Rangoon Lunatic Asylum 1893-1897 - 1893-1897
Year: 1893
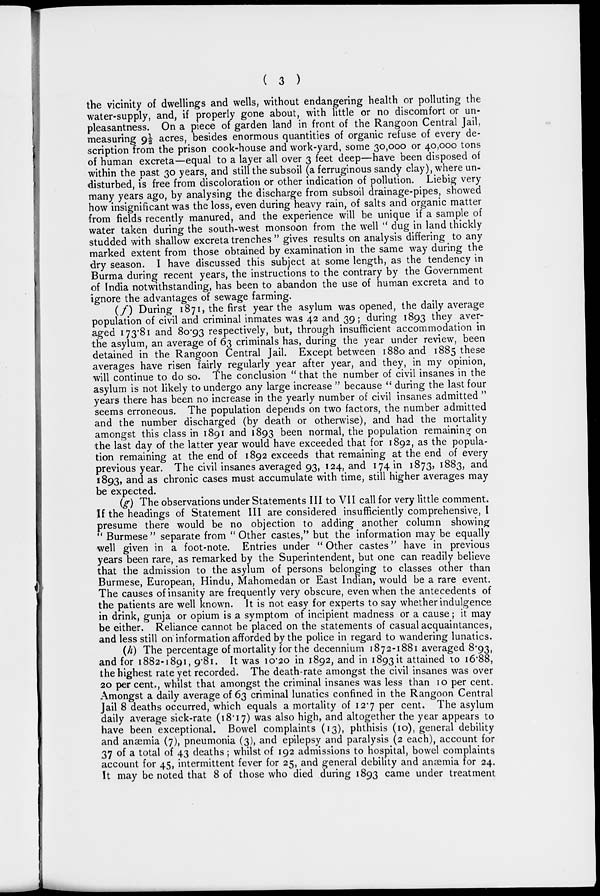
( 3 )
the vicinity of dwellings and wells, without endangering health or polluting the
water-supply, and, if properly gone about, with little or no discomfort or un-
pleasantness. On a piece of garden land in front of the Rangoon Central Jail,
measuring 9½ acres, besides enormous quantities of organic refuse of every de-
scription from the prison cook-house and work-yard, some 30,000 or 40,000 tons
of human excreta—equal to a layer all over 3 feet deep—have been disposed of
within the past 30 years, and still the subsoil (a ferruginous sandy clay), where un-
disturbed, is free from discoloration or other indication of pollution. Liebig very
many years ago, by analysing the discharge from subsoil drainage-pipes, showed
how insignificant was the loss, even during heavy rain, of salts and organic matter
from fields recently manured, and the experience will be unique if a sample of
water taken during the south-west monsoon from the well " dug in land thickly
studded with shallow excreta trenches " gives results on analysis differing to any
marked extent from those obtained by examination in the same way during the
dry season. I have discussed this subject at some length, as the tendency in
Burma during recent years, the instructions to the contrary by the Government
of India notwithstanding, has been to abandon the use of human excreta and to
ignore the advantages of sewage farming.
(f) During 1871, the first year the asylum was opened, the daily average
population of civil and criminal inmates was 42 and 39; during 1893 they aver-
aged 173.81 and 80.93 respectively, but, through insufficient accommodation in
the asylum, an average of 63 criminals has, during the year under review, been
detained in the Rangoon Central Jail. Except between 1880 and 1885 these
averages have risen fairly regularly year after year, and they, in my opinion,
will continue to do so. The conclusion " that the number of civil insanes in the
asylum is not likely to undergo any large increase " because " during the last four
years there has been no increase in the yearly number of civil insanes admitted "
seems erroneous. The population depends on two factors, the number admitted
and the number discharged (by death or otherwise), and had the mortality
amongst this class in 1891 and 1893 been normal, the population remaining on
the last day of the latter year would have exceeded that for 1892, as the popula-
tion remaining at the end of 1892 exceeds that remaining at the end of every
previous year. The civil insanes averaged 93, 124, and 174 in 1873, 1883, and
1893, and as chronic cases must accumulate with time, still higher averages may
be expected.
(g) The observations under Statements III to VII call for very little comment.
If the headings of Statement III are considered insufficiently comprehensive, I
presume there would be no objection to adding another column showing
" Burmese" separate from "Other castes," but the information may be equally
well given in a foot-note. Entries under " Other castes" have in previous
years been rare, as remarked by the Superintendent, but one can readily believe
that the admission to the asylum of persons belonging to classes other than
Burmese, European, Hindu, Mahomedan or East Indian, would be a rare event.
The causes of insanity are frequently very obscure, even when the antecedents of
the patients are well known. It is not easy for experts to say whether indulgence
in drink, gunja or opium is a symptom of incipient madness or a cause; it may
be either. Reliance cannot be placed on the statements of casual acquaintances,
and less still on information afforded by the police in regard to wandering lunatics.
(h) The percentage of mortality for the decennium 1872-1881 averaged 8.93,
and for 1882-1891, 9.81. It was 10.20 in 1892, and in 1893 it attained to 16.88,
the highest rate yet recorded. The death-rate amongst the civil insanes was over
20 per cent., whilst that amongst the criminal insanes was less than 10 per cent.
Amongst a daily average of 63 criminal lunatics confined in the Rangoon Central
Jail 8 deaths occurred, which equals a mortality of 12.7 per cent. The asylum
daily average sick-rate (18.17) was also high, and altogether the year appears to
have been exceptional. Bowel complaints (13), phthisis (10), general debility
and anæmia (7), pneumonia (3), and epilepsy and paralysis (2 each), account for
37 of a total of 43 deaths; whilst of 192 admissions to hospital, bowel complaints
account for 45, intermittent fever for 25, and general debility and anæmia for 24.
It may be noted that 8 of those who died during 1893 came under treatment